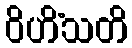
ဝိဟိံသတိ